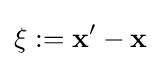
{\bf {\bf {\xi }}}:={\bf {x}}'-{\bf {x}}